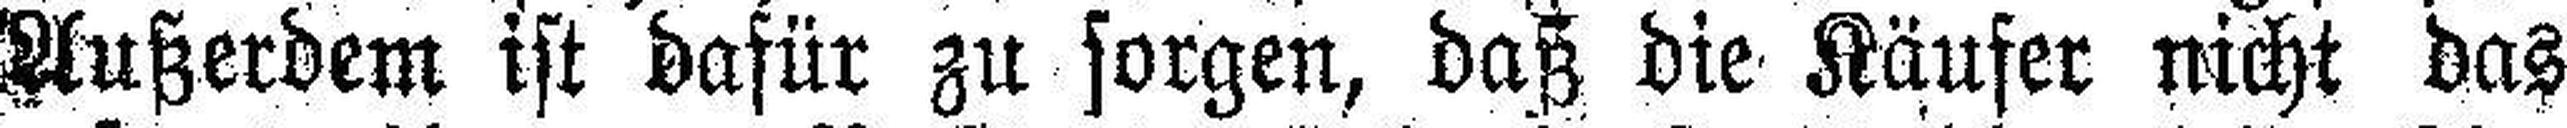
Außerdem ist dafür Zu sorgen, daß die Käufer nicht das